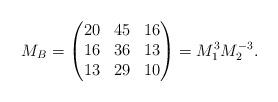
LaTeX: \begin{align*}M_B = \begin{pmatrix}20 & 45& 16\\16&36&13\\13&29&10\end{pmatrix} = M_1^3 M_2^{-3}.\end{align*}